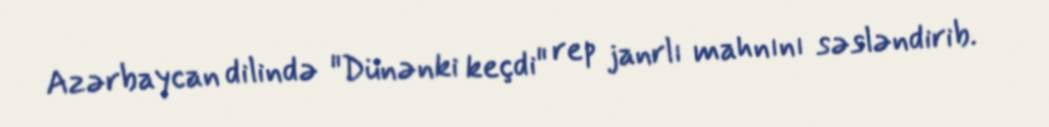
Azərbaycan dilində "Dünənki keçdi" rep janrlı mahnını səsləndirib.